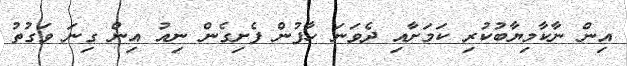
އިން ނާކާމިޔާބުކުރި ކަމަށާއި ދެވަނަ ހާފުން ފެށިގެން ނިއު އިން ގިނަ ވަގުތު